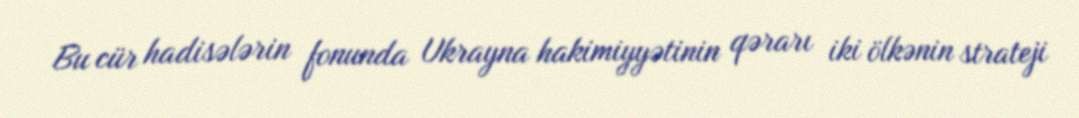
Bu cür hadisələrin fonunda Ukrayna hakimiyyətinin qərarı iki ölkənin strateji